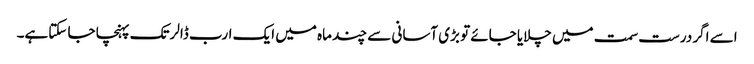
اسے اگر درست سمت میں چلایا جائے تو بڑی آسانی سے چند ماہ میں ایک ارب ڈالرتک پہنچا جا سکتاہے۔